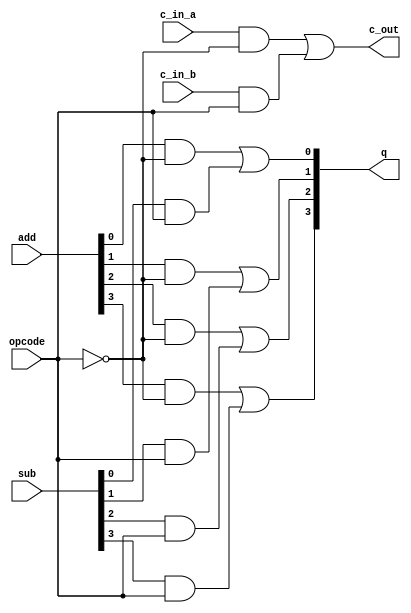
module mux4bit(
	input [3:0] add, sub,
	input c_in_a, c_in_b, opcode,
	output reg [3:0] q,
	output reg c_out
	);
	always @(*)
	begin
		c_out = (c_in_a & ~opcode) | (c_in_b & opcode);
		q[0] = (add[0] & ~opcode) | (sub[0] & opcode);
		q[1] = (add[1] & ~opcode) | (sub[1] & opcode);
		q[2] = (add[2] & ~opcode) | (sub[2] & opcode);
		q[3] = (add[3] & ~opcode) | (sub[3] & opcode);
	end
endmodule